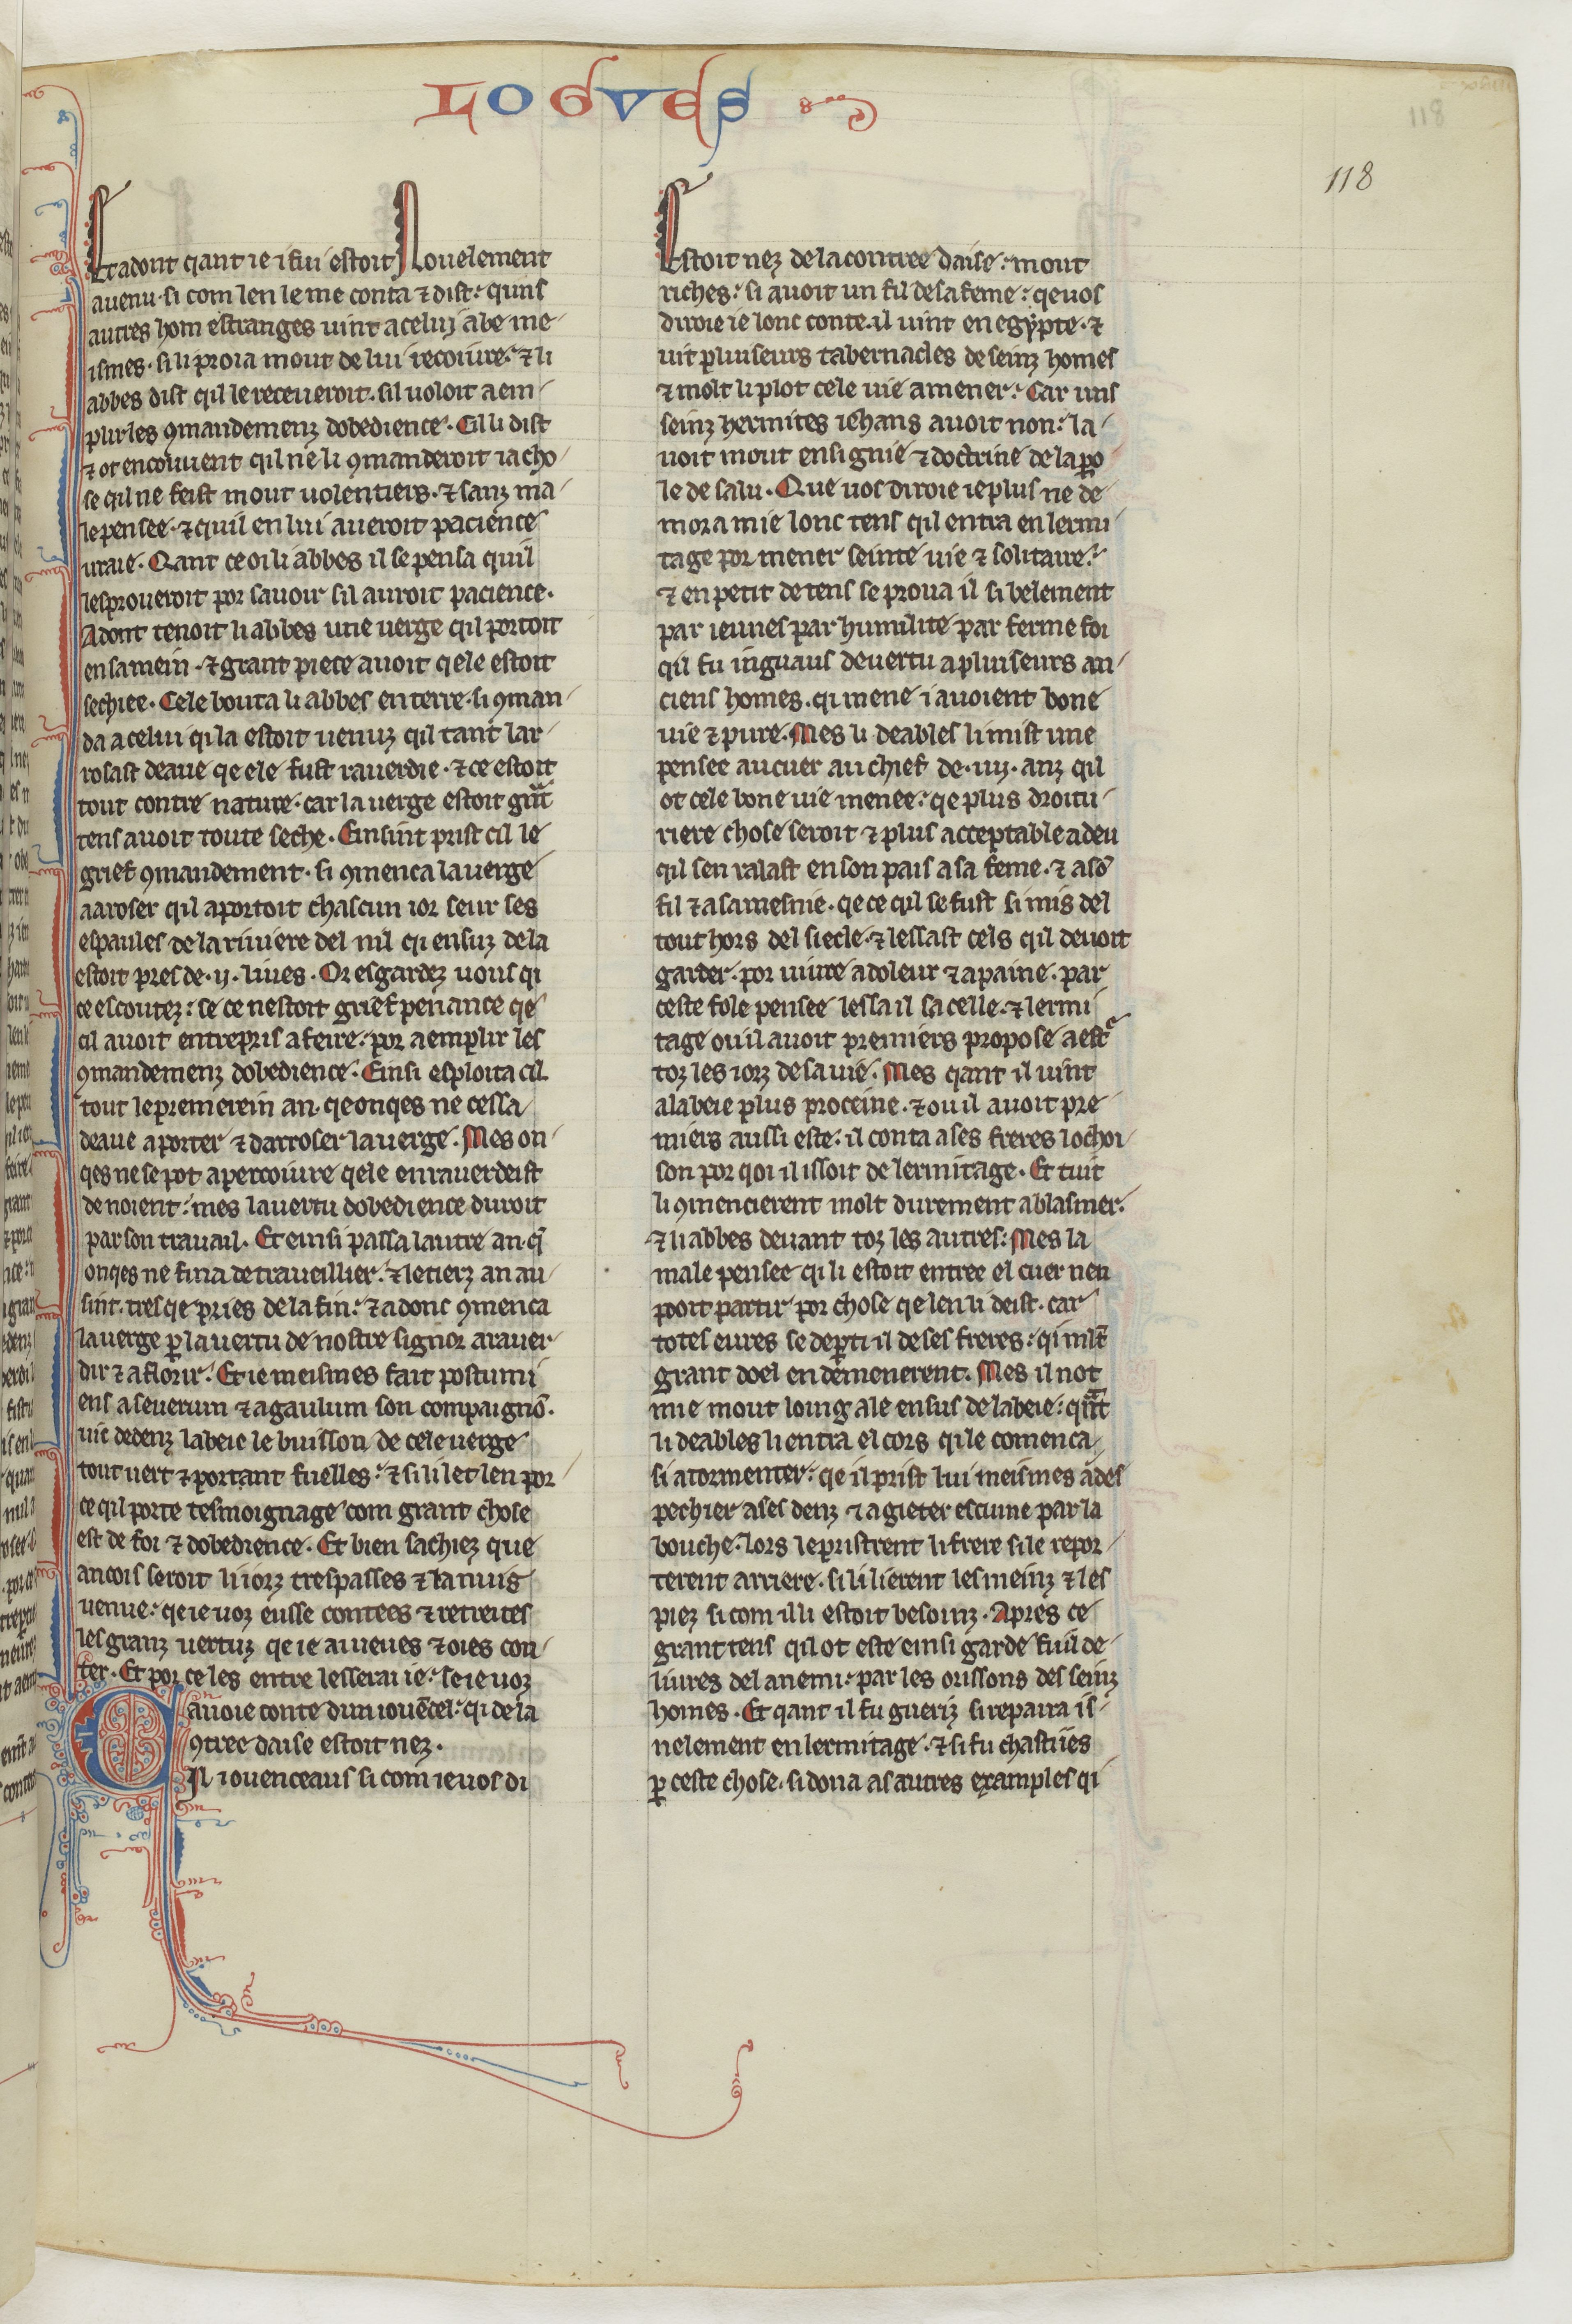
Shelfmark: Paris, BnF, fr. 412
Century: 13